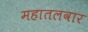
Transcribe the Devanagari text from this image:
महातलवार